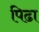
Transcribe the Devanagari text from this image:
पिढा